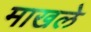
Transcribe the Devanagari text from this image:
माखले